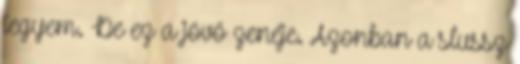
tegyem. De ez a jövő zenéje. Azonban a slussz